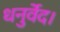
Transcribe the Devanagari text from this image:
धनुर्वेद।